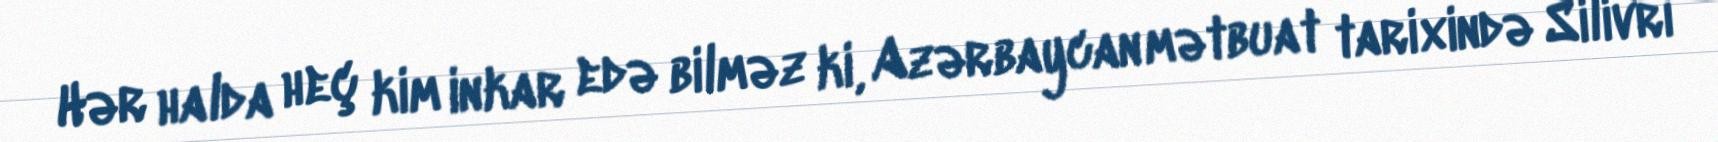
Hər halda heç kim inkar edə bilməz ki, Azərbaycan mətbuat tarixində Silivri